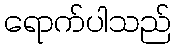
ရောက်ပါသည်